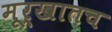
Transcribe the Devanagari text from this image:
मूर्खातच